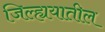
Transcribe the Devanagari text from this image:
जिल्ह्ययातील